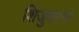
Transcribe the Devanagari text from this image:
शिजुकाना